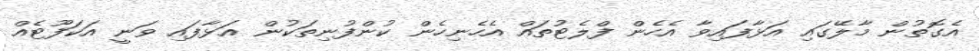
އެގޮތުން މާލޭގައި އަޅާފައިވާ އެހެން ފްލެޓުތައް އެހެނިހެން ކުންފުނިތަކުން އަޅާފައި ވަނީ އަކަފޫޓެއް